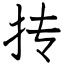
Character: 抟